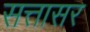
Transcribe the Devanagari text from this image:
सत्तासर